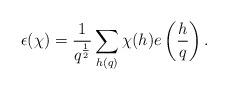
LaTeX: \begin{align*}\epsilon(\chi) = \frac{1}{q^{\frac{1}{2}}} \sum_{h (q)} \chi(h) e\left( \frac{h}{q}\right).\end{align*}